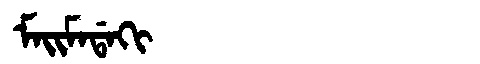
Manchu: ᠮᠠᡳᠮᠠᡩᠠᡴᡳ
Romanization: MAIMADAKI